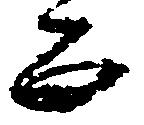
正